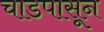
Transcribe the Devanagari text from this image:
चाडपासून